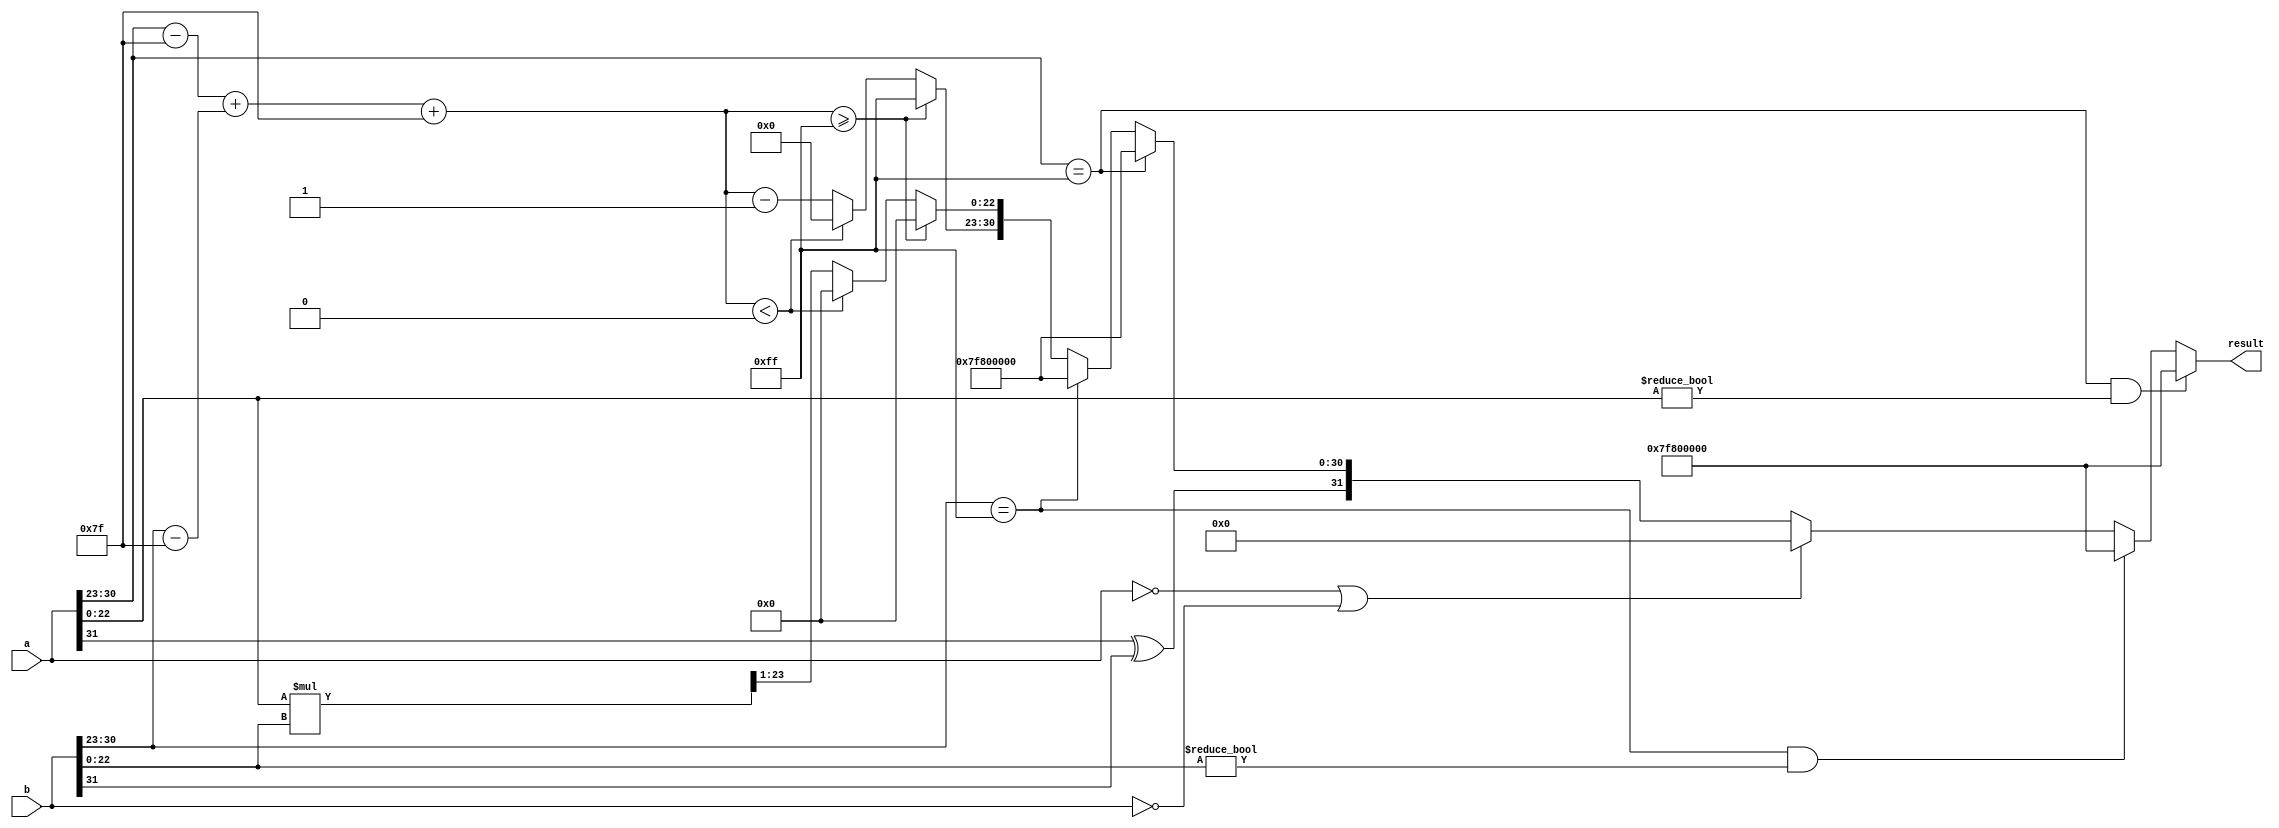
module floating_point_multiplier (
    input [31:0] a, // First floating-point input
    input [31:0] b, // Second floating-point input
    output reg [31:0] result // Result of floating-point multiplication
);
    
    // Constants
    localparam EXPONENT_BIAS = 8'd127;
    localparam MAX_EXPONENT = 8'd255;
    
    // Signals
    wire sign_a, sign_b;
    wire [7:0] exp_a, exp_b;
    wire [22:0] mant_a, mant_b;
    reg [7:0] exp_out;
    reg [47:0] mant_out; // Extra bits for mantissa multiplication
    reg [7:0] exp_sum;
    
    // Extract sign, exponent, and mantissa
    assign sign_a = a[31];
    assign exp_a = a[30:23];
    assign mant_a = {1'b1, a[22:0]}; // Add implicit leading 1

    assign sign_b = b[31];
    assign exp_b = b[30:23];
    assign mant_b = {1'b1, b[22:0]}; // Add implicit leading 1

    // Handle special cases: Zero, Infinity, NaN
    always @* begin
        // Check for NaN
        if (a[30:23] == 8'b11111111 && a[22:0] != 0) begin
            result = {1'b0, 8'b11111111, 23'b00000000000000000000000}; // NaN
        end else if (b[30:23] == 8'b11111111 && b[22:0] != 0) begin
            result = {1'b0, 8'b11111111, 23'b00000000000000000000000}; // NaN
        end else if (a == 32'b0 || b == 32'b0) begin
            result = 32'b0; // Zero case
        end else if (a[30:23] == 8'b11111111) begin
            result = {sign_a ^ sign_b, 8'b11111111, 23'b00000000000000000000000}; // Infinity case
        end else if (b[30:23] == 8'b11111111) begin
            result = {sign_a ^ sign_b, 8'b11111111, 23'b00000000000000000000000}; // Infinity case
        end else begin
            // Sign calculation
            result[31] = sign_a ^ sign_b;

            // Exponent calculation
            exp_sum = (exp_a - EXPONENT_BIAS) + (exp_b - EXPONENT_BIAS);
            exp_out = exp_sum + EXPONENT_BIAS;

            // Clamp exponent
            if (exp_out >= MAX_EXPONENT) begin
                exp_out = MAX_EXPONENT; // Clamp to infinity
                mant_out = 48'b0; // Mantissa should not matter
            end else if (exp_out < 0) begin
                exp_out = 8'b0; // Underflow
                mant_out = 48'b0; // Mantissa should not matter
            end else begin
                // Mantissa calculation
                mant_out = mant_a * mant_b; // Multiply mantissas
                // Normalization of mantissa
                if (mant_out[47] == 1) begin
                    // Normalized
                    mant_out = mant_out[46:24]; // Keep 23 bits
                end else begin
                    // Need to normalize
                    mant_out = mant_out >> 1; // Shift right
                    exp_out = exp_out - 1; // Adjust exponent
                end
            end
            
            // Final result assembly
            result = {result[31], exp_out[7:0], mant_out[22:0]};
        end
    end
endmodule